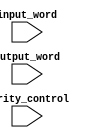
module problem5_sefunmi(parity_control,input_word,output_word);
	input parity_control;
	input [7:0] input_word;
	input [8:0] output_word;
	reg parity, tracker, bit_result;
	assign parity = 1'b1;//0-odd 1-even
	assign tracker = 1'b1;
	assign parity = (input_word[0] == 1'b1) ? (~tracker) :
			(input_word[0] == 1'b0) ? (tracker) :
		        1'bx;
	assign tracker = parity;
	assign parity = (input_word[1] == 1'b1) ? (~tracker) :
			(input_word[1] == 1'b0) ? (tracker) :
		        1'bx;
	assign tracker = parity;
	assign parity = (input_word[2] == 1'b1) ? (~tracker) :
			(input_word[2] == 1'b0) ? (tracker) :
		        1'bx;
	assign tracker = parity;
	assign parity = (input_word[3] == 1'b1) ? (~tracker) :
			(input_word[3] == 1'b0) ? (tracker) :
		        1'bx;
	assign tracker = parity;
	assign parity = (input_word[4] == 1'b1) ? (~tracker) :
			(input_word[4] == 1'b0) ? (tracker) :
		        1'bx;
	assign tracker = parity;
	assign parity = (input_word[5] == 1'b1) ? (~tracker) :
			(input_word[5] == 1'b0) ? (tracker) :
		        1'bx;
	assign tracker = parity;
	assign parity = (input_word[6] == 1'b1) ? (~tracker) :
			(input_word[6] == 1'b0) ? (tracker) :
		        1'bx;
	assign tracker = parity;
	assign parity = (input_word[7] == 1'b1) ? (~tracker) :
			(input_word[7] == 1'b0) ? (tracker) :
		        1'bx;
	assign tracker = parity;
	assign bit_result = parity_control ^ tracker;
	assign output_word = {input_word,bit_result};
endmodule